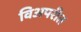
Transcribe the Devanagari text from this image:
विअपरीत